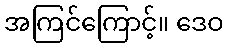
အကြင်ကြောင့်။ ဒေဝ